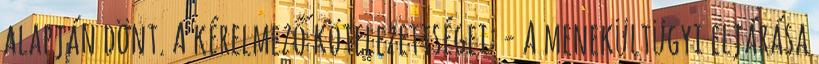
alapján dönt. A kérelmező kötelezettségei: - A menekültügyi eljárása